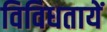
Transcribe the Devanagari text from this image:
विविधतायें